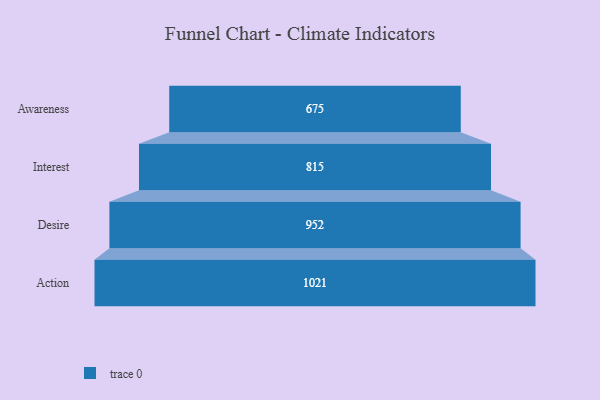
{"axis": {"x": "Stage", "y": "Value"}, "legend": [""], "data": [{"x": "Awareness", "y": 675.0, "type": ""}, {"x": "Interest", "y": 815.0, "type": ""}, {"x": "Desire", "y": 952.0, "type": ""}, {"x": "Action", "y": 1021.0, "type": ""}]}